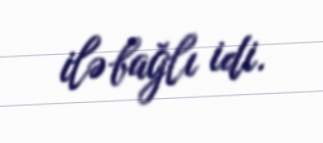
ilə bağlı idi.